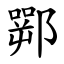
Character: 䣞